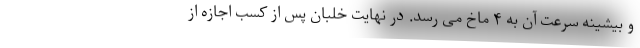
و بیشینه سرعت آن به ۴ ماخ می رسد. در نهایت خلبان پس از کسب اجازه از